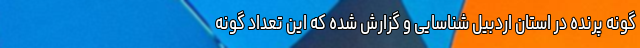
گونه پرنده در استان اردبیل شناسایی و گزارش شده که این تعداد گونه‌